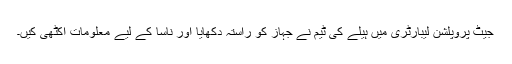
جیٹ پروپلشن لیبارٹری میں ہیلے کی ٹیم نے جہاز کو راستہ دکھایا اور ناسا کے لیے معلومات اکٹھی کیں۔